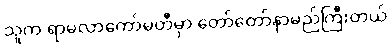
သူက ရာမလာကော်မတီမှာ တော်တော်နာမည်ကြီးတယ်